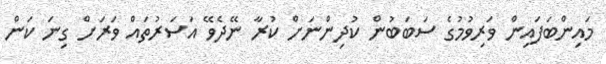
މައިންބަފައިން ވަރިވުމުގެ ސަބަބުން ކުދިންނަށް ކުރާ ނޭދެވޭ އަސަރުތައް ވަރަށް ގިނަ ކަން